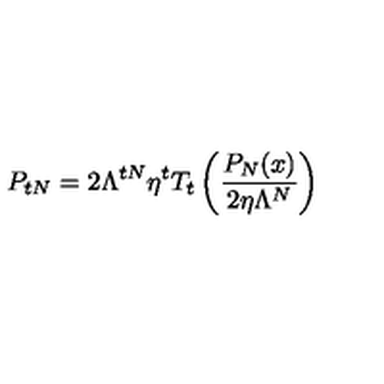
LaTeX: P _ { t N } = 2 \Lambda ^ { t N } \eta ^ { t } T _ { t } \left( \frac { P _ { N } ( x ) } { 2 \eta \Lambda ^ { N } } \right)